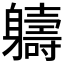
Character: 軇